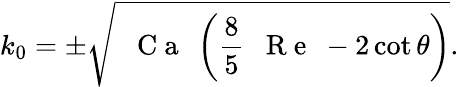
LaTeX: k_{0}=\pm\sqrt{\mathrm{~\textit~{~C~a~}~}\left(\frac{8}{5}\mathrm{~\textit~{~R~e~}~}-2\cot\theta\right)}.